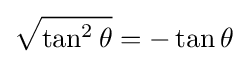
{\sqrt {\tan ^{2}\theta }}=-\tan \theta